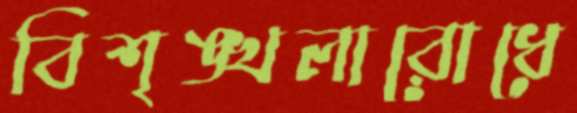
বিশৃঙ্খলারোধে